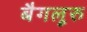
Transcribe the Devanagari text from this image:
बैगलूरु